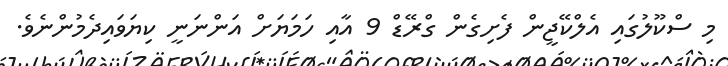
މި ސްކޫލުގައި އެލްކޭޖީން ފެށިގެން ގްރޭޑް 9 އާއި ހަމަޔަށް އަންނަނީ ކިޔަވައިދެމުންނެވެ.